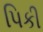
પિકી